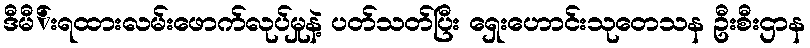
ဒီမီ်းရထားလမ်းဖောက်လုပ်မှုနဲ့ ပတ်သတ်ပြီး ရှေးဟောင်းသုတေသန ဦးစီးဌာန